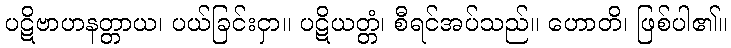
ပဋိဗာဟနတ္တာယ၊ ပယ်ခြင်းငှာ။ ပဋိယတ္တံ၊ စီရင်အပ်သည်။ ဟောတိ၊ ဖြစ်ပါ၏။